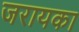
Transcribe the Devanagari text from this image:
जरायका